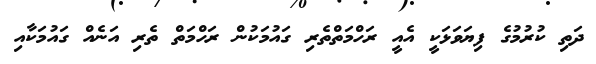
ދަތި ކުރުމުގެ ފިޔަވަޅަކީ އެއީ ރަހްމަތްތެރި ގައުމަކުން ރަހްމަތް ތެރި އަނެއް ގައުމަކާއި